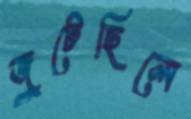
জুটেছিলে